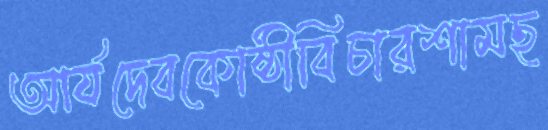
আর্যদেবকোষ্ঠীবিচারশামছ